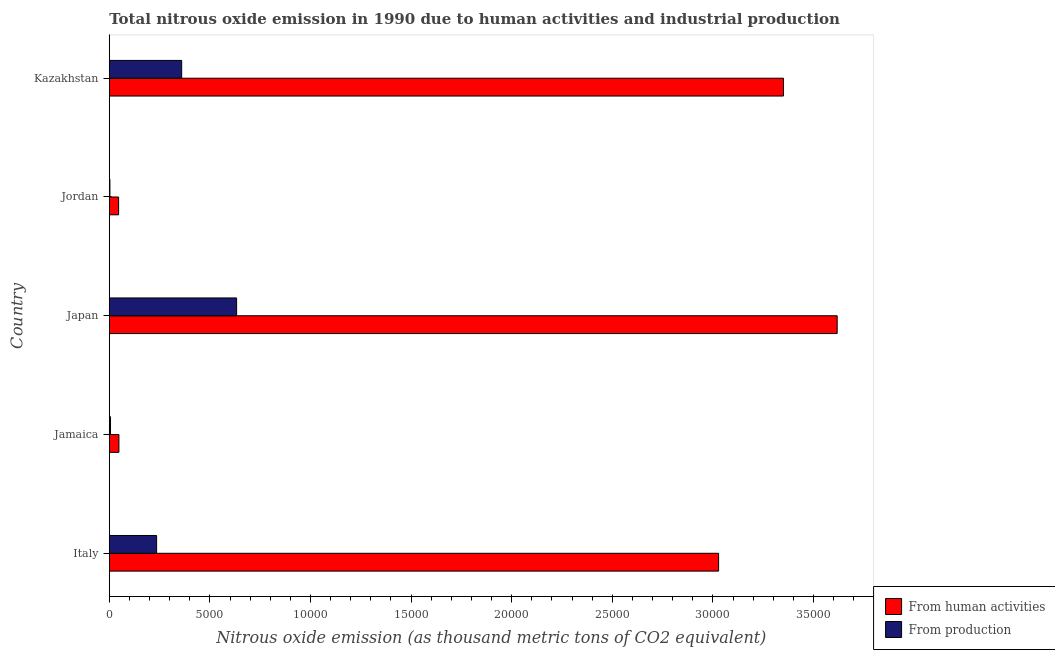
| Country | From human activities | From production |
 | --- | --- | --- |
 | Italy | 3.03e+04 | 2.35e+03 |
 | Jamaica | 479 | 61.5 |
 | Japan | 3.62e+04 | 6.33e+03 |
 | Jordan | 464 | 31.2 |
 | Kazakhstan | 3.35e+04 | 3.6e+03 |